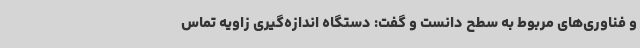
و فناوری‌های مربوط به سطح دانست و گفت: دستگاه اندازه‌گیری زاویه تماس